Lyperosia minuta, Bezzi - Number 59
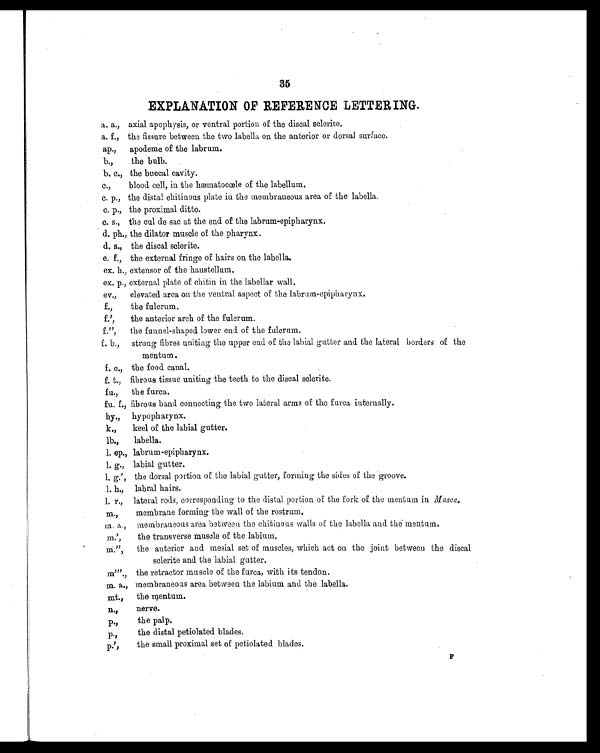
35
EXPLANATION OF REFERENCE LETTERING.
a. a., axial apophysis, or ventral portion of the discal sclerite.
a. f,, the fissure between the two labella on the anterior or dorsal surface.
ap., apodeme of the labrum.
b.,the bulb..
b. c., the buccal cavity.
c.,blood cell, in the hæmatocœle of the labellum.
.c. p., the distal chitinous plate in the membraneous area of the labella.
c. p., the proximal ditto.
c. s., the cul de sac at the end of the labrum-epipharynx.
d. ph., the dilator muscle of the pharynx.
d. s., the discal sclerite.
e. f., the external fringe of hairs on the labella.
ex. h., extensor of the haustellum.
ex. p., external plate of chitin in the labellar wall.
ev.,elevated area on the ventral aspect of the labrum-epipharynx.
f.,the fulcrum.
f.',the anterior arch of the fulcrum.
f.",the funnel-shaped lower end of the fulcrum.
f. b.,strong fibres uniting the upper end of the labial gutter and. the lateral borders of the
mentum.
f. c., the food canal.
f. t., fibrous tissue uniting the teeth to the discal sclerite.
fu.,the furca.
fu. f., fibrous band connecting the two lateral arms of the furca internally.
hy., hypopharynx.
k,,keel of the labial gutter.
lb.,labella.
1. ep., labrum-epipharynx.
1. g., labial gutter.
1. g.' dorsal portion of the labial gutter, forming the sides of the groove.
1. h.,
labral hairs.
. 1 r.,lateral rods, correspnding to the distal portion of the fork of the mentum in Musca
m.,membrane forming the wall of the rostrum.
m. a., membraneous area between the chitinous walls of the labella and the mentum
m ,the transverse muscle of the labium.
m.",the anterior and mesial set of muscles, which act on the joint between the discal
sclerite and the labial gutter.
m ,the retractor muscle of the furca, with its tendon.
m. a., membraneous area between the labium and the labella.
mt., the mentum.
n ,,nerve.
p ,the palp.
p .,the distal petiolated blades.
p ,the small proximal set of petiolated blades. F